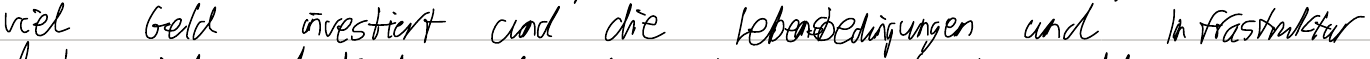
viel Geld investiert und die Lebensbedingungen und Infrastruktur